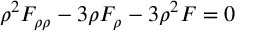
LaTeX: \rho ^ { 2 } F _ { \rho \rho } - 3 \rho F _ { \rho } - 3 \rho ^ { 2 } F = 0